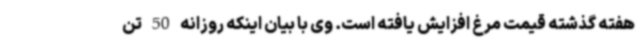
هفته گذشته قیمت مرغ افزایش یافته است. وی با بیان اینکه روزانه 50 تن